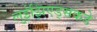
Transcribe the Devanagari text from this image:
लुईझिएड्सकडे